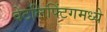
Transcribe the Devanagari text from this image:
वेटलिफ्टिंगमध्ये